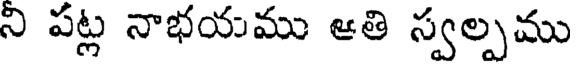
ని పట్ల నాభయము ఆతి స్వల్పము